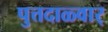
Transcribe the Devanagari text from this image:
पुत्तदाळ्वार्